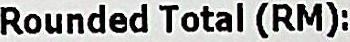
ROUNDED TOTAL (RM):